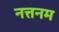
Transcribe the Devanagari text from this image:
नत्तनम